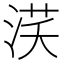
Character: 𣵽